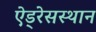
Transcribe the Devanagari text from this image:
ऐड्रेसस्थान